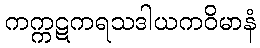
ကက္ကဋကရသဒါယကဝိမာနံ